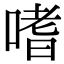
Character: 嗜